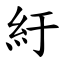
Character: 紆